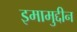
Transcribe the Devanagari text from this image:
इमामुद्दीन